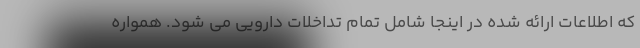
که اطلاعات ارائه شده در اینجا شامل تمام تداخلات دارویی می شود. همواره